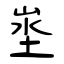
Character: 埊